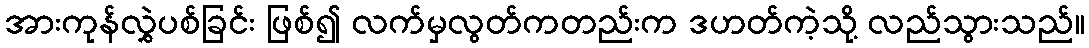
အားကုန်လွှဲပစ်ခြင်း ဖြစ်၍ လက်မှလွတ်ကတည်းက ဒဟတ်ကဲ့သို့ လည်သွားသည်။